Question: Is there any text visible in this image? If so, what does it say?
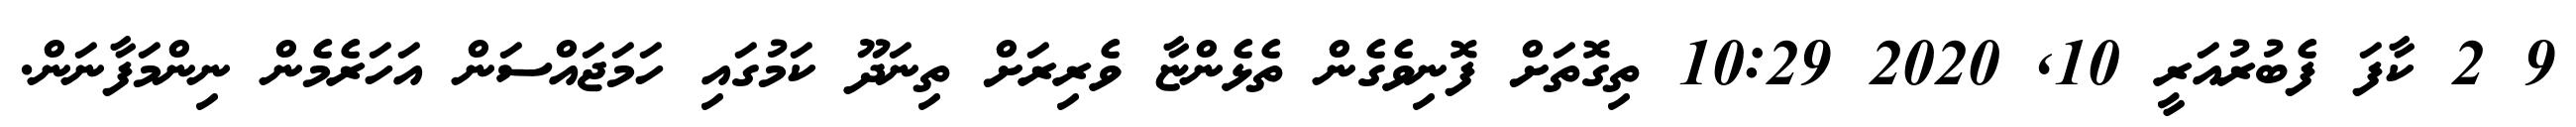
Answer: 9 2 ކާފަ ފެބުރުއަރީ 10, 2020 10:29 ތިގޮތަށް ފޮނިވެގެން ތެޅެންޏާ ވެރިރަށް ތިނަދޫ ކަމުގައި ހަމަޖައްސަން އަހަރެމެން ނިންމަފާނަން.